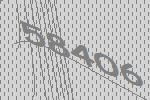
58406